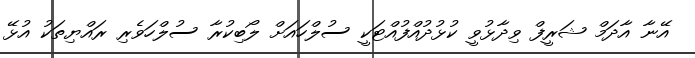
އޭނާ އާދަމް ޝަރީފް ވިދާޅުވީ ކުޅުދުއްފުއްޓަކީ ސުލްހައަށް ލޯބިކުރާ ސުލްހަވެރި ރައްޔިތަކު އުޅޭ